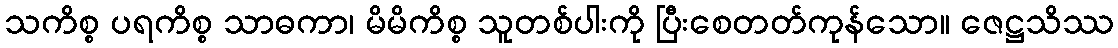
သကိစ္စ ပရကိစ္စ သာဓကာ၊ မိမိကိစ္စ သူတစ်ပါးကို ပြီးစေတတ်ကုန်သော။ ဇေဋ္ဌသိဿ